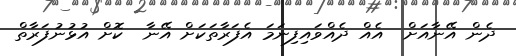
ދެން އޭނާއަށް  އެއް ދެއްވައިފިނަމަ އެފަރާތަކަށް އޭނާ  ކޮށް އުޅުނުފަރާތް